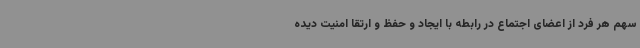
سهم هر فرد از اعضای اجتماع در رابطه با ایجاد و حفظ و ارتقا امنیت دیده